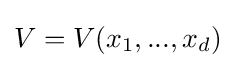
V=V(x_{1},...,x_{d})